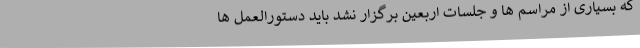
که بسیاری از مراسم ها و جلسات اربعین برگزار نشد باید دستورالعمل ها